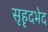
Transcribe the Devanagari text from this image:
सृहृदभेद